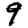
Digit: 9